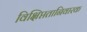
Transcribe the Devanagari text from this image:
विक्षिप्ततानिवारक